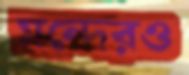
মন্দেরও